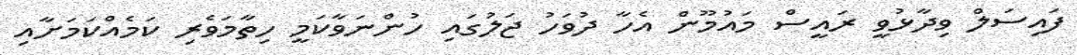
ފައިސަލް ވިދާޅުވީ ރައީސް މައުމޫން އެހާ ދުވަހު ޖަލުގައި ހުންނަވާކަމީ ހިތާމަވެރި ކަމެއްކަމަށާއި